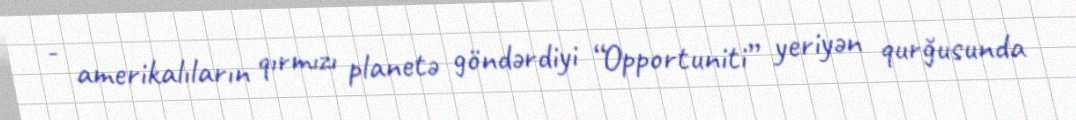
- amerikalıların qırmızı planetə göndərdiyi “Opportuniti” yeriyən qurğusunda